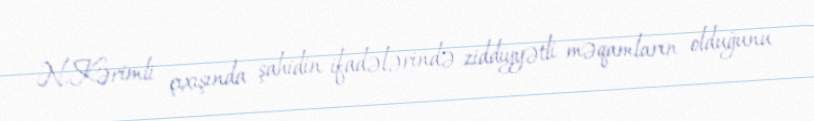
N.Kərimli çıxışında şahidin ifadələrində ziddiyyətli məqamların olduğunu